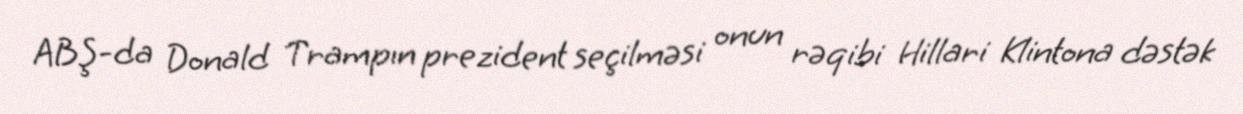
ABŞ-da Donald Trampın prezident seçilməsi onun rəqibi Hillari Klintona dəstək